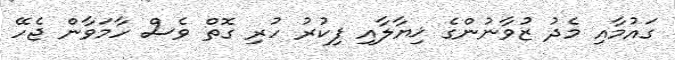
ގައުމާއި މެދު ޒުވާނުންގެ ޚިޔާލާއި ފިކުރު ހުރި ގޮތް ވެސް ހާމަވާން ޖެހޭ